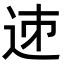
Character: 𨒘